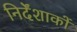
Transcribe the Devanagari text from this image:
निर्देंशाकों